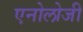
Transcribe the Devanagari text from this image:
एनोलोजी